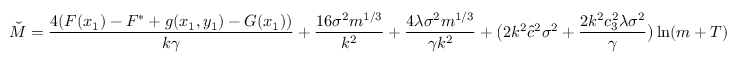
\breve { M } = \frac { 4 ( F ( x _ { 1 } ) - F ^ { * } + g ( x _ { 1 } , y _ { 1 } ) - G ( x _ { 1 } ) ) } { k \gamma } + \frac { 1 6 \sigma ^ { 2 } m ^ { 1 / 3 } } { k ^ { 2 } } + \frac { 4 \lambda \sigma ^ { 2 } m ^ { 1 / 3 } } { \gamma k ^ { 2 } } + \big ( 2 k ^ { 2 } \hat { c } ^ { 2 } \sigma ^ { 2 } + \frac { 2 k ^ { 2 } c _ { 3 } ^ { 2 } \lambda \sigma ^ { 2 } } { \gamma } \big ) \ln ( m + T )